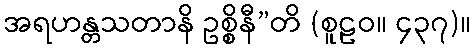
အရဟန္တသတာနိ ဥစ္စိနီ”တိ (စူဠဝ။ ၄၃၇)။